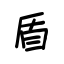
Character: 盾